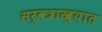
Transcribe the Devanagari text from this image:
सर्वत्राख्यात